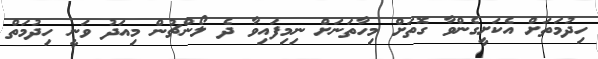
ހިދުމަތަށް އެކަށީގެންވާ ގޮތަށް މިހާތަނަށް ނިމިފައިވާ ދެ ލޯންޗުން މިއަދު ވަނީ ހިދުމަތް